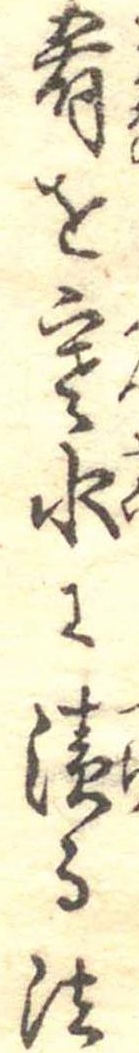
肴を寒水に漬る法